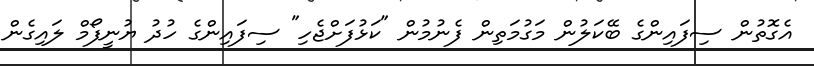
އެގޮތުން ސިފައިންގެ ބޭކަލުން މަގުމަތިން ފެނުމުން "ކަޅުފަށްޖެހި" ސިފައިންގެ ހުދު ޔުނީފޯމް ލައިގެން